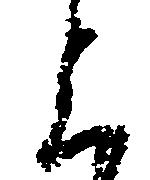
上